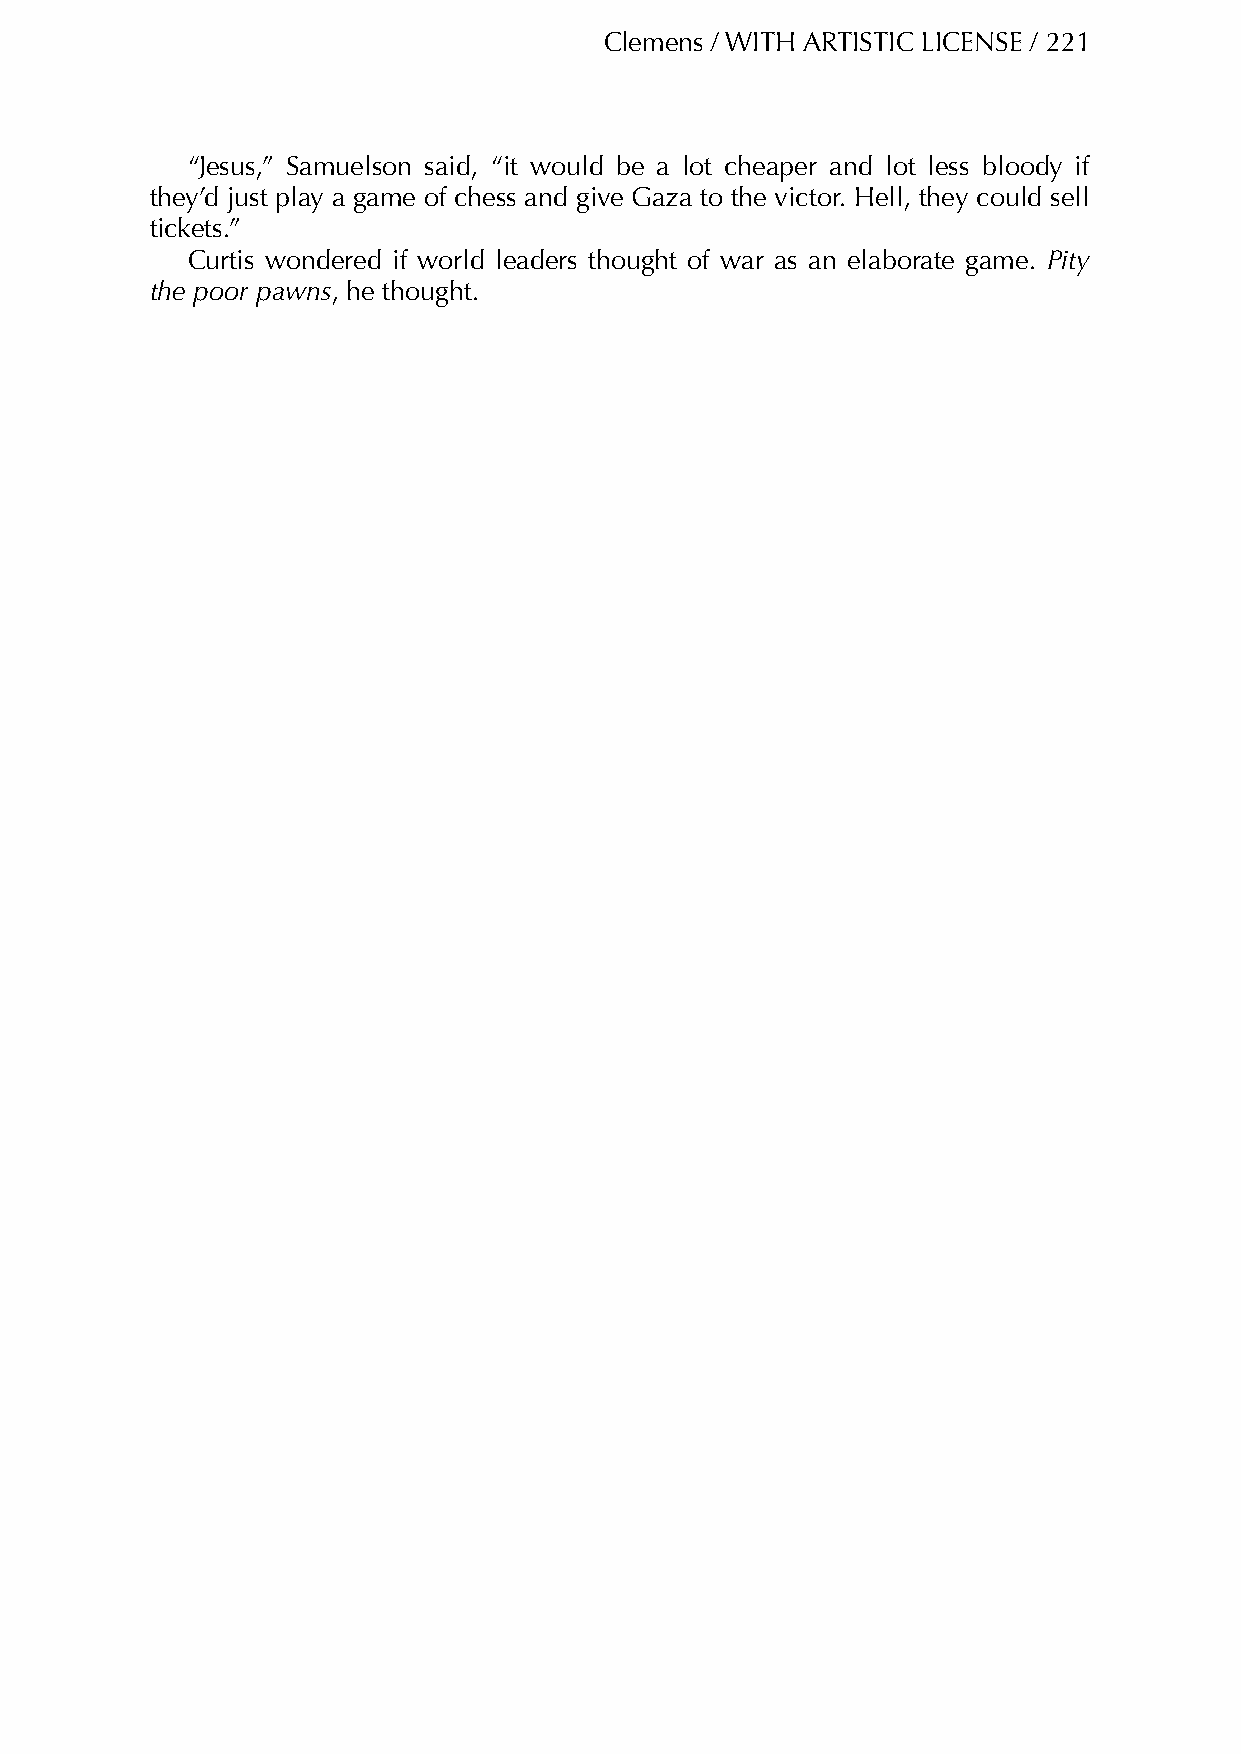
Clemens / WITH ARTISTIC LICENSE / 221
 “Jesus,” Samuelson said, “it would be a lot cheaper and lot less bloody if
 they’d just play a game of chess and give Gaza to the victor. Hell, they could sell
 tickets.”
 Curtis wondered if world leaders thought of war as an elaborate game. Pity
 the poor pawns, he thought.